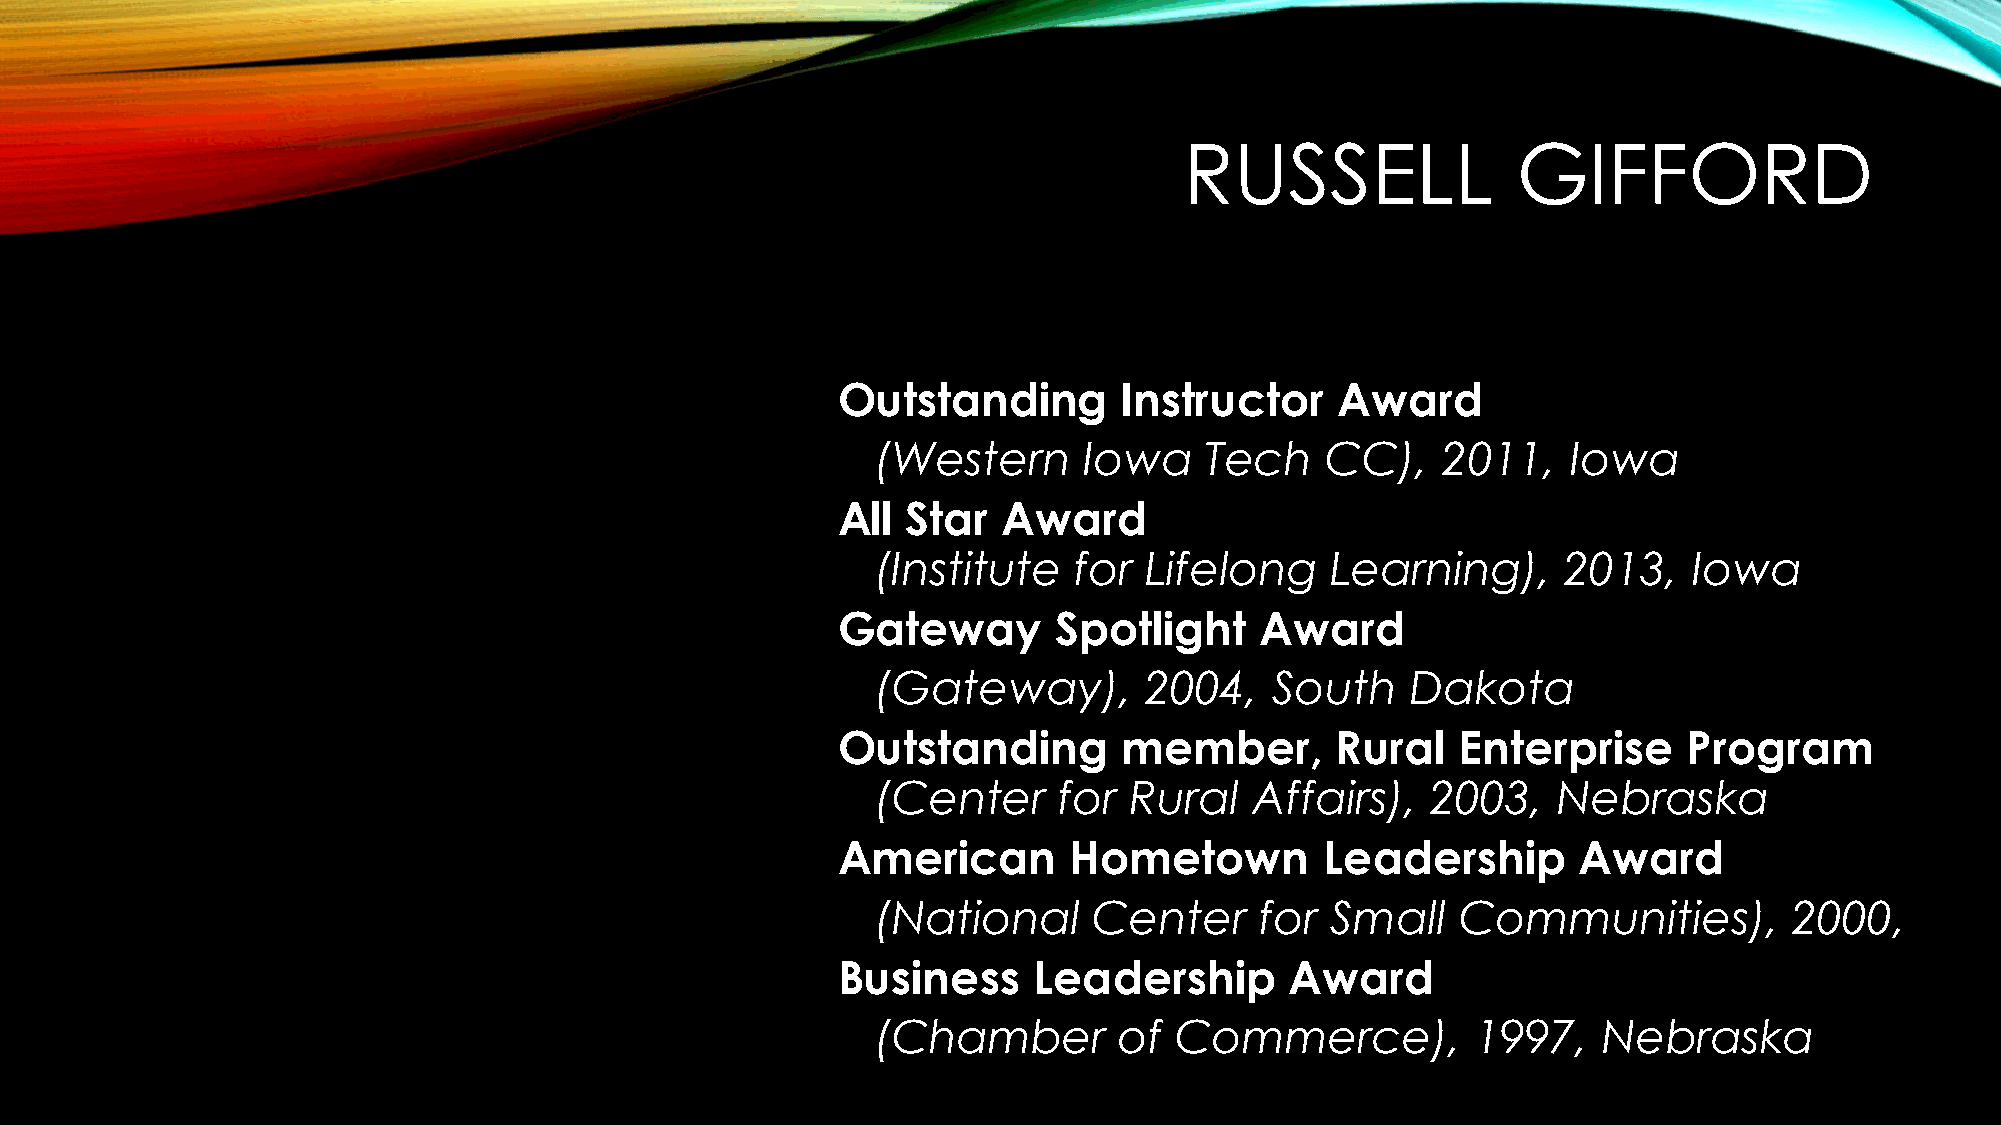
RUSSELL               GIFFORD
 Outstanding        Instructor     Award
 (Western      Iowa    Tech    CC),   2011,    Iowa
 All  Star  Award
 (Institute   for  Lifelong    Learning),     2013,    Iowa
 Gateway        Spotlight    Award
 (Gateway),        2004,   South    Dakota
 Outstanding        member,       Rural    Enterprise     Program
 (Center     for  Rural   Affairs),   2003,   Nebraska
 American        Hometown         Leadership      Award
 (National     Center     for  Small    Communities),         2000,
 Business     Leadership       Award
 (Chamber        of  Commerce),          1997,   Nebraska